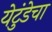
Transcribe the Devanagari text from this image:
येटुंडेचा